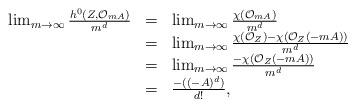
LaTeX: \begin{align*}\begin{array}{lll}\lim_{m\rightarrow\infty}\frac{h^0(Z,\mathcal O_{mA})}{m^d}&=& \lim_{m\rightarrow \infty}\frac{\chi(\mathcal O_{mA})}{m^d}\\&=& \lim_{m\rightarrow \infty}\frac{\chi(\mathcal O_Z)-\chi(\mathcal O_Z(-mA))}{m^d}\\&=& \lim_{m\rightarrow\infty}\frac{-\chi(\mathcal O_Z(-mA))}{m^d}\\&=& \frac{-((-A)^d)}{d!},\end{array}\end{align*}